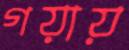
গয়ায়